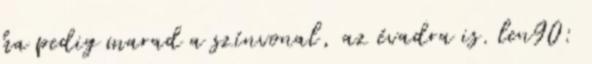
ha pedig marad a színvonal, az évadra is. len90: